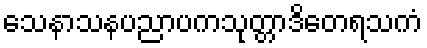
သေနာသနပညာပကသုတ္တာဒိတေရသကံ